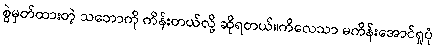
စွဲမှတ်ထားတဲ့ သဘောကို ကိန်းတယ်လို့ ဆိုရတယ်။ကိလေသာ မကိန်းအောင်ရှုပုံ